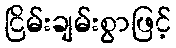
ငြိမ်းချမ်းစွာဖြင့်